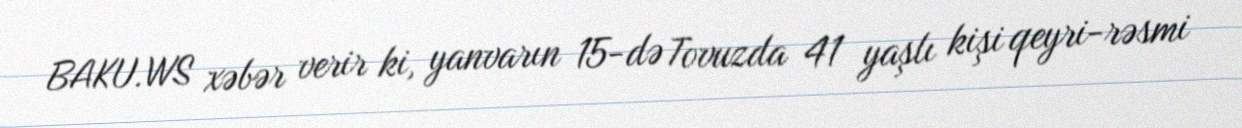
BAKU.WS xəbər verir ki, yanvarın 15-də Tovuzda 41 yaşlı kişi qeyri-rəsmi